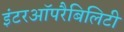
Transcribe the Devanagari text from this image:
इंटरऑपरैबिलिटी